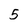
Character: 5